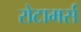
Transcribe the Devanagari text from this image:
रोटामर्स